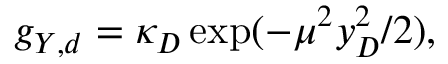
g _ { Y , d } = \kappa _ { D } \exp ( - \mu ^ { 2 } y _ { D } ^ { 2 } / 2 ) ,